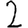
Digit: 2